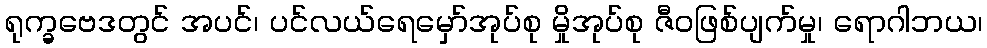
ရုက္ခဗေဒတွင် အပင်၊ ပင်လယ်ရေမှော်အုပ်စု မှိုအုပ်စု ဇီဝဖြစ်ပျက်မှု၊ ရောဂါဘယ၊